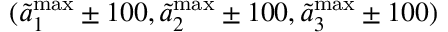
( \Tilde { a } _ { 1 } ^ { \mathrm { m a x } } \pm 1 0 0 , \Tilde { a } _ { 2 } ^ { \mathrm { m a x } } \pm 1 0 0 , \Tilde { a } _ { 3 } ^ { \mathrm { m a x } } \pm 1 0 0 )